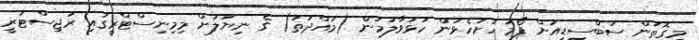
މިގޮތުން ސަބްސިޑީއަށް ފޯމު ހުށަހެޅުން ހުޅުވާލުމުން (މުއްދަތު) ގެ ނިޔަލަށް މިމިނިސްޓްރީގައި ރަޖިސްޓަރީ